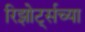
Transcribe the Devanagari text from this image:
रिझोर्ट्सच्या